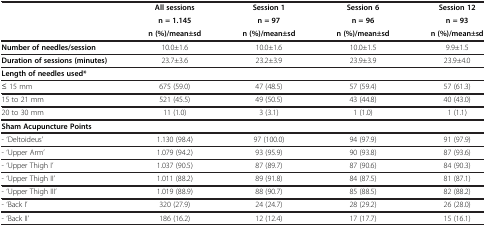
<table><thead><tr><td><b> </b></td><td><b>All sessions</b></td><td><b>Session 1</b></td><td><b>Session 6</b></td><td><b>Session 12</b></td></tr><tr><td><b> </b></td><td><b>n = 1.145</b></td><td><b>n = 97</b></td><td><b>n = 96</b></td><td><b>n = 93</b></td></tr><tr><td><b> </b></td><td><b>n (%)/mean±sd</b></td><td><b>n (%)/mean±sd</b></td><td><b>n (%)/mean±sd</b></td><td><b>n (%)/mean±sd</b></td></tr></thead><tbody><tr><td><b>Number of needles/session</b></td><td>10.0±1.6</td><td>10.0±1.6</td><td>10.0±1.5</td><td>9.9±1.5</td></tr><tr><td><b>Duration of sessions (minutes)</b></td><td>23.7±3.6</td><td>23.2±3.9</td><td>23.9±3.9</td><td>23.9±4.0</td></tr><tr><td><b>Length of needles used*</b></td><td> </td><td> </td><td> </td><td> </td></tr><tr><td>≤ 15 mm</td><td>675 (59.0)</td><td>47 (48.5)</td><td>57 (59.4)</td><td>57 (61.3)</td></tr><tr><td>15 to 21 mm</td><td>521 (45.5)</td><td>49 (50.5)</td><td>43 (44.8)</td><td>40 (43.0)</td></tr><tr><td>20 to 30 mm</td><td>11 (1.0)</td><td>3 (3.1)</td><td>1 (1.0)</td><td>1 (1.1)</td></tr><tr><td><b>Sham Acupuncture Points</b></td><td> </td><td> </td><td> </td><td> </td></tr><tr><td>- ‘Deltoideus’</td><td>1.130 (98.4)</td><td>97 (100.0)</td><td>94 (97.9)</td><td>91 (97.9)</td></tr><tr><td>- ‘Upper Arm’</td><td>1.079 (94.2)</td><td>93 (95.9)</td><td>90 (93.8)</td><td>87 (93.6)</td></tr><tr><td>- ‘Upper Thigh I’</td><td>1.037 (90.5)</td><td>87 (89.7)</td><td>87 (90.6)</td><td>84 (90.3)</td></tr><tr><td>- ‘Upper Thigh II’</td><td>1.011 (88.2)</td><td>89 (91.8)</td><td>84 (87.5)</td><td>81 (87.1)</td></tr><tr><td>- ‘Upper Thigh III’</td><td>1.019 (88.9)</td><td>88 (90.7)</td><td>85 (88.5)</td><td>82 (88.2)</td></tr><tr><td>- ‘Back I’</td><td>320 (27.9)</td><td>24 (24.7)</td><td>28 (29.2)</td><td>26 (28.0)</td></tr><tr><td>- ‘Back II’</td><td>186 (16.2)</td><td>12 (12.4)</td><td>17 (17.7)</td><td>15 (16.1)</td></tr></tbody></table>